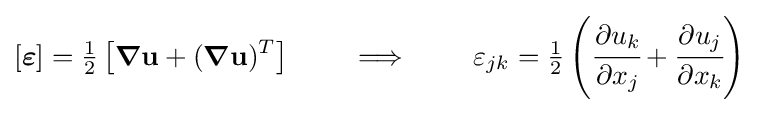
[{\boldsymbol {\varepsilon }}]={\tfrac {1}{2}}\left[{\boldsymbol {\nabla }}\mathbf {u} +({\boldsymbol {\nabla }}\mathbf {u} )^{T}\right]\qquad \implies \qquad \varepsilon _{jk}={\tfrac {1}{2}}\left({\cfrac {\partial u_{k}}{\partial x_{j}}}+{\cfrac {\partial u_{j}}{\partial x_{k}}}\right)~